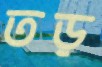
তড়